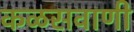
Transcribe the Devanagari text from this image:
कळसवाणी